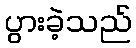
ပွားခဲ့သည်